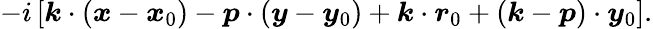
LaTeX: -i\left[\boldsymbol{k}\cdot(\boldsymbol{x}-\boldsymbol{x}_{0})-\boldsymbol{p}\cdot(\boldsymbol{y}-\boldsymbol{y}_{0})+\boldsymbol{k}\cdot\boldsymbol{r}_{0}+(\boldsymbol{k}-\boldsymbol{p})\cdot\boldsymbol{y}_{0}\right].